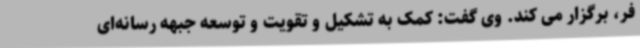
فر، برگزار می کند. وی گفت: کمک به تشکیل و تقویت و توسعه جبهه رسانه‌ای